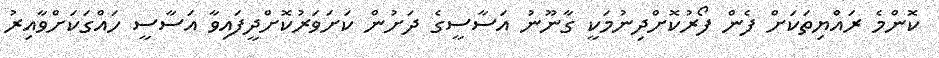
ކޮންމެ ރައްޔިތަކަށް ފެން ފޯރުކޮށްދިނުމަކީ ގާނޫނު އަސާސީގެ ދަށުން ކަށަވަރުކޮށްދީފައިވާ އަސާސީ ހައްގަކަށްވާއިރު